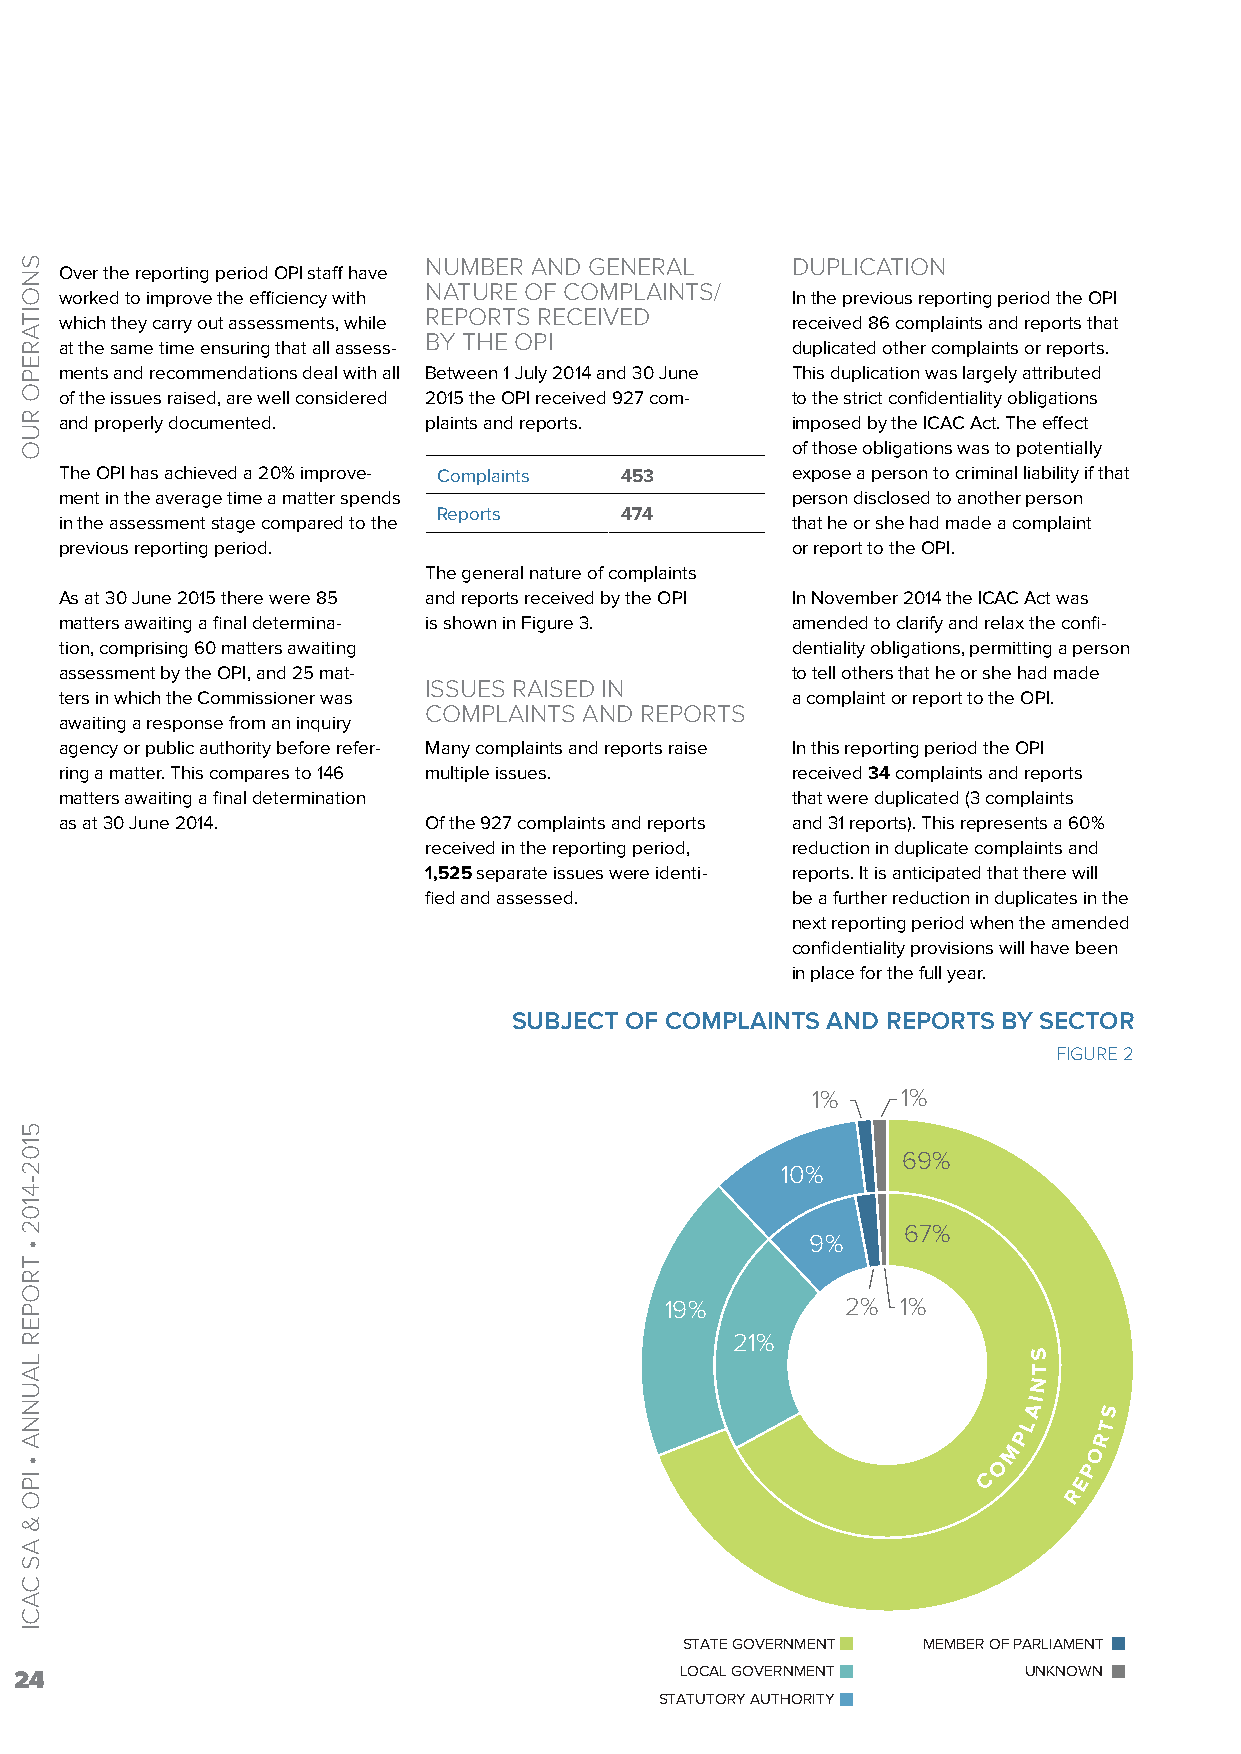
NUMBER AND GENERAL      DUPLICATION
 Over the reporting period OPI staff have
 NATURE OF COMPLAINTS/
 worked to improve the efficiency with           In the previous reporting period the OPI
 REPORTS RECEIVED
 which they carry out assessments, while         received 86 complaints and reports that
 BY THE OPI
 at the same time ensuring that all assess-      duplicated other complaints or reports.
 ments and recommendations deal with all Between 1 July 2014 and 30 June This duplication was largely attributed
 of the issues raised, are well considered 2015 the OPI received 927 com- to the strict confidentiality obligations
 and properly documented. plaints and reports.   imposed by the ICAC Act. The effect
 of those obligations was to potentially
 The OPI has achieved a 20% improve- Complaints 453 expose a person to criminal liability if that
 ment in the average time a matter spends        person disclosed to another person
 Reports     474
 in the assessment stage compared to the         that he or she had made a complaint
 previous reporting period.                      or report to the OPI.
 The general nature of complaints
 As at 30 June 2015 there were 85 and reports received by the OPI In November 2014 the ICAC Act was
 matters awaiting a final determina- is shown in Figure 3. amended to clarify and relax the confi-
 tion, comprising 60 matters awaiting            dentiality obligations, permitting a person
 assessment by the OPI, and 25 mat-              to tell others that he or she had made
 ISSUES RAISED IN
 ters in which the Commissioner was              a complaint or report to the OPI.
 COMPLAINTS AND REPORTS
 awaiting a response from an inquiry
 agency or public authority before refer- Many complaints and reports raise In this reporting period the OPI
 ring a matter. This compares to 146 multiple issues. received 34 complaints and reports
 matters awaiting a final determination          that were duplicated (3 complaints
 as at 30 June 2014.     Of the 927 complaints and reports and 31 reports). This represents a 60%
 received in the reporting period, reduction in duplicate complaints and
 1,525 separate issues were identi- reports. It is anticipated that there will
 fied and assessed.      be a further reduction in duplicates in the
 next reporting period when the amended
 confidentiality provisions will have been
 in place for the full year.
 SUBJECT OF COMPLAINTS AND REPORTS BY SECTOR
 FIGURE 2
 1%    1%
 69%
 10%
 67%
 9%
 19%         2%  1%
 21%
 S
 T
 N
 I
 A    S
 L    T
 P     R
 M    O
 O     P
 C     E
 R
 STATE GOVERNMENT MEMBER OF PARLIAMENT
 24                                          LOCAL GOVERNMENT       UNKNOWN
 STATUTORY AUTHORITY
 SNOITAREPO
 RUO
 5102-4102
 •
 TROPER
 LAUNNA
 •
 IPO
 &
 AS
 CACI